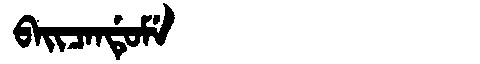
Manchu: ᠪᠠᡳᠴᠠᠨᡩᡠᠮᡝ
Romanization: BAICANDUME